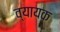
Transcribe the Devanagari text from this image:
व्यायक